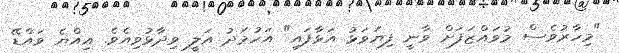
"މިހާރުވެސް މުވައްޒަފަށް ވާނީ ފިޔަވަޅު އަޅާފައި" އަހުމަދު އަލީ ވިދާޅުވިއެވެ. އިއްޔެ ވައްޑޭ